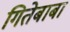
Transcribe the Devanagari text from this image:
गितेबाबा